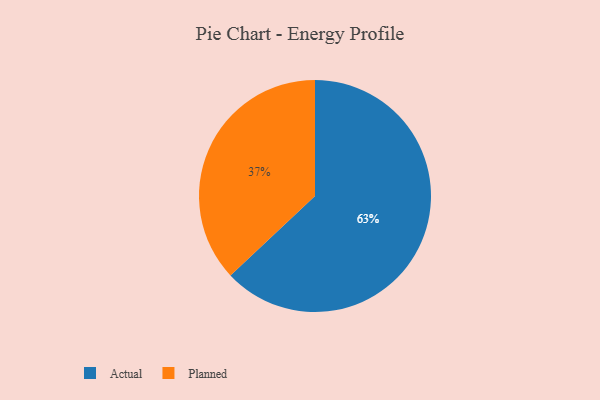
{"axis": {"x": "Category", "y": "Percentage"}, "legend": ["Actual", "Planned"], "data": [{"x": "Planned", "y": 37, "type": "Planned"}, {"x": "Actual", "y": 63, "type": "Actual"}]}